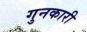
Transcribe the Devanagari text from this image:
गुनकारी